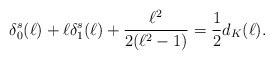
LaTeX: \begin{align*}\delta_0^s(\ell)+\ell \delta_1^s(\ell)+\frac{\ell^2}{2(\ell^2-1)}= \frac{1}{2} d_K(\ell).\end{align*}